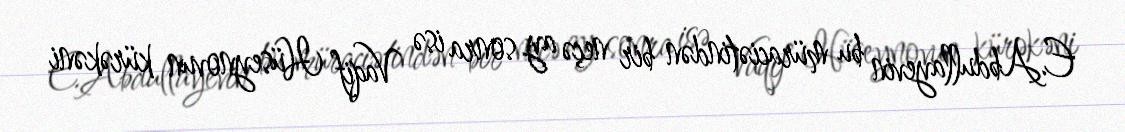
E.Abdullayevin bu müraciətindən bir neçə ay sonra isə Vaqif Hüseynovun kürəkəni